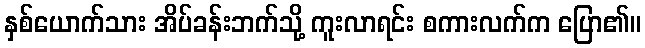
နှစ်ယောက်သား အိပ်ခန်းဘက်သို့ ကူးလာရင်း စကားလက်က ပြော၏။